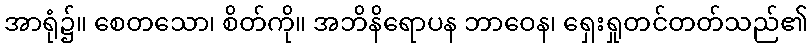
အာရုံ၌။ စေတသော၊ စိတ်ကို။ အဘိနိရောပန ဘာဝေန၊ ရှေးရှုတင်တတ်သည်၏